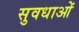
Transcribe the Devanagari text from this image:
सुवधाओं